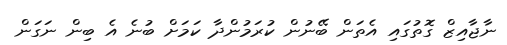
ނާޖާއިޒް ގޮތުގައި އެތަން ބޭނުން ކުރަމުންދާ ކަމަށް ބުނެ އެ ބިން ނަގަން